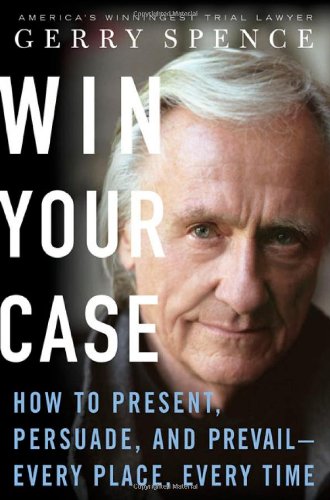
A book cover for Win Your Case: How to Present, Persuade, and Prevail--Every Place, Every Time; Gerry Spence; Law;